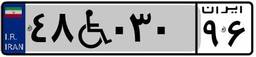
۴۸W۰۳۰۹۶